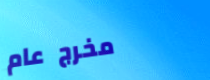
مخرج عام